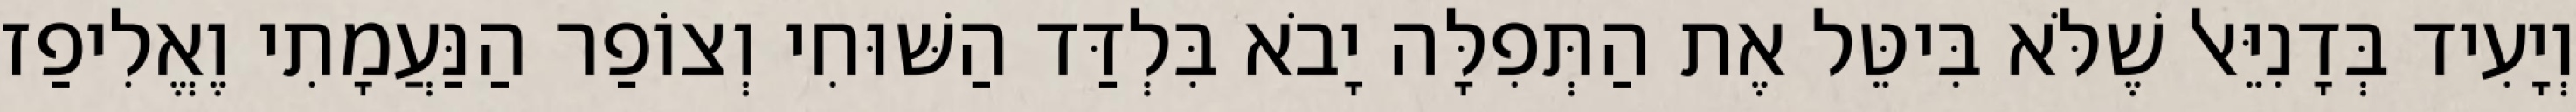
וְיָעִיד בְּדָנִיֵּאל שֶׁלֹּא בִּיטֵּל אֶת הַתְּפִלָּה יָבֹא בִּלְדַּד הַשּׁוּחִי וְצוֹפַר הַנַּעֲמָתִי וֶאֱלִיפַז